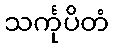
သင်္ကုပိတံ